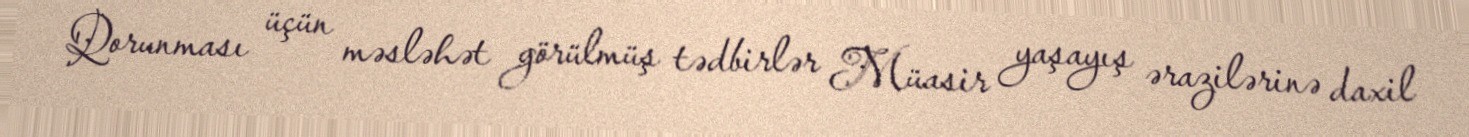
Qorunması üçün məsləhət görülmüş tədbirlər Müasir yaşayış ərazilərinə daxil